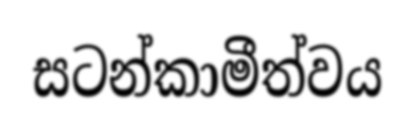
සටන්කාමීත්වය